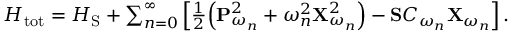
\begin{array} { r } { H _ { \mathrm { t o t } } = H _ { \mathrm { S } } + \sum _ { n = 0 } ^ { \infty } \left[ \frac { 1 } { 2 } \Big ( \mathbf { P } _ { \omega _ { n } } ^ { 2 } + \omega _ { n } ^ { 2 } \mathbf { X } _ { \omega _ { n } } ^ { 2 } \Big ) - \mathbf { S } C _ { \omega _ { n } } \mathbf { X } _ { \omega _ { n } } \right] . } \end{array}